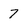
Character: 7